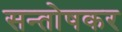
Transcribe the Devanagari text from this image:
सन्तोषकर